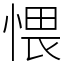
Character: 愄